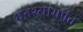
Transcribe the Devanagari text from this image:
घनश्यामपंत